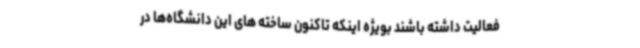
فعالیت داشته باشند بویژه اینکه تاکنون ساخته های این دانشگاه‌ها در